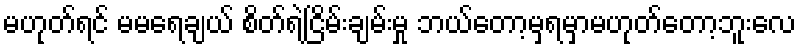
မဟုတ်ရင် မမရေချယ် စိတ်ရဲ့ငြိမ်းချမ်းမှု ဘယ်တော့မှရမှာမဟုတ်တော့ဘူးလေ